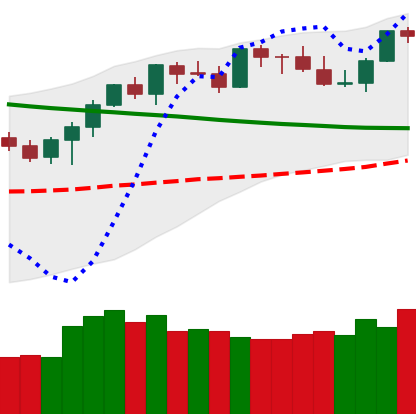
Ticker: BTC-USD
Chart end date: 2021-08-21
Forward return: -4.014%
Label: down_3_5